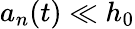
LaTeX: a_{n}(t)\ll h_{0}